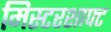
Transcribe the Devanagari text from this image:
मिस्टरशाफ्ट